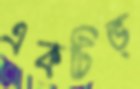
একটিভ্